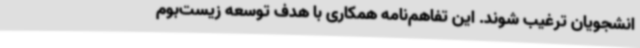
انشجویان ترغیب شوند. این تفاهم‌نامه همکاری با هدف توسعه زیست‌بوم